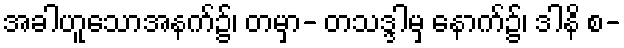
အခါဟူသောအနက်၌၊ တမှာ- တသဒ္ဒါမှ နောက်၌၊ ဒါနိ စ-